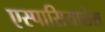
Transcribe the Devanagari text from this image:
एस्पासियालेस